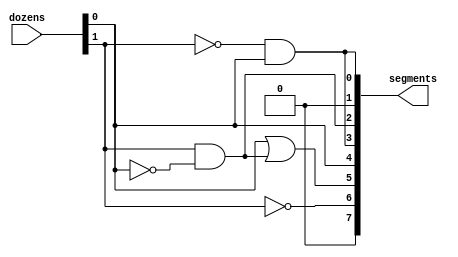
module decoder_dozens(
    input [1:0] dozens,
    output [7:0] segments
);

/*
segments[0] = a
segments[1] = b
segments[2] = c
segments[3] = d
segments[4] = e
segments[5] = f
segments[6] = g
segments[7] = dot

a = Q1'  Q0
b = 0
c = Q1  Q0'
d = a
e = Q0
f = e + c
g = Q1'
dot = 0

*/

and(segments[0], !dozens[1], dozens[0]);

assign segments[1] = 0;

and(segments[2], dozens[1], !dozens[0]);

assign segments[3] = segments[0];

assign segments[4] = dozens[0];

or(segments[5], segments[4], segments[2]);

not(segments[6], dozens[1]);

assign segments[7] = 0;

endmodule